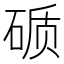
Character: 𰧉